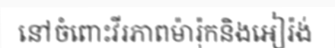
នៅចំពោះវីរភាពម៉ារ៉ុកនិងអៀរ៉ង់